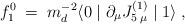
LaTeX: \begin{align*}f^0_1 \; = \; m_d^{-2} \langle 0 \mid\partial_\mu J^{(1)}_{5 \; \mu} \mid 1 \rangle \; ,\end{align*}